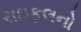
રાઇફલનો